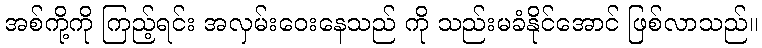
အစ်ကို့ကို ကြည့်ရင်း အလှမ်းဝေးနေသည် ကို သည်းမခံနိုင်အောင် ဖြစ်လာသည်။